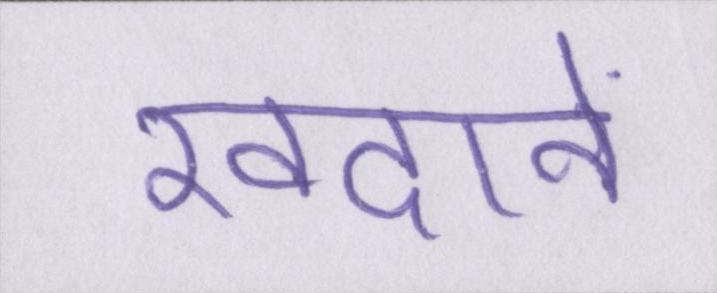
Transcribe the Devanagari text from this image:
खदानें